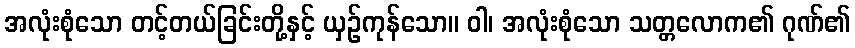
အလုံးစုံသော တင့်တယ်ခြင်းတို့နှင့် ယှဉ်ကုန်သော။ ဝါ၊ အလုံးစုံသော သတ္တလောက၏ ဂုဏ်၏